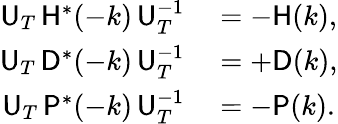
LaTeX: \begin{array}{rl}{{\sf U}_{T}\, {\sf H}^{*}(-k)\, {\sf U}_{T}^{-1}}&{{}=-{\sf H}(k),}\\ {{\sf U}_{T}\, {\sf D}^{*}(-k)\, {\sf U}_{T}^{-1}}&{{}=+{\sf D}(k),}\\ {{\sf U}_{T}\, {\sf P}^{*}(-k)\, {\sf U}_{T}^{-1}}&{{}=-{\sf P}(k).}\end{array}